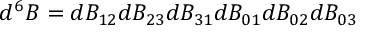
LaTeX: d ^ { 6 } B = d B _ { 1 2 } d B _ { 2 3 } d B _ { 3 1 } d B _ { 0 1 } d B _ { 0 2 } d B _ { 0 3 }